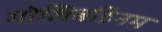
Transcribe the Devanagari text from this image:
मोलिबडिनम